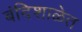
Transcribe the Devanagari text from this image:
बंदिशाळेत